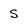
Character: S